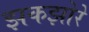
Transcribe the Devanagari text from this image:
झकझोरे